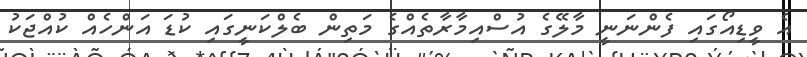
އެ ވީޑިއޯގައި ފެންނަނީ މާލޭގެ އުސްއިމާރާތެއްގެ މަތިން ބެލްކަނީގައި ކުޑަ އަންހެއް ކުއްޖަކު